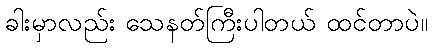
ခါးမှာလည်း သေနတ်ကြီးပါတယ် ထင်တာပဲ။